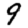
Digit: 9